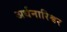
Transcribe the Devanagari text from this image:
अर्धनारिश्वर